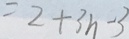
= 2 + 3 n - 3